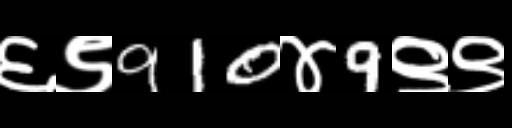
Text: ६९910४9९९